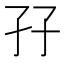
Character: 孖